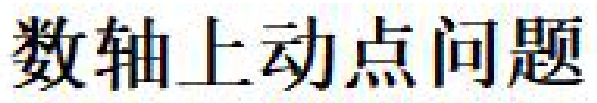
数轴上动点问题